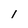
Character: l